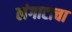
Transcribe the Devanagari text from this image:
लंगाटाचा